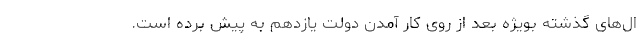
ال‌های گذشته بویژه بعد از روی کار آمدن دولت یازدهم به پیش برده است.